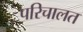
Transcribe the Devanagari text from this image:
परिचालत